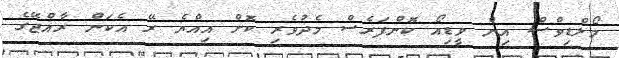
މޯލްޑިވްސް އިން ވީޑިއޯ ކޮންފަރެސް މެދުވެރި ކޮށް އިއްޔެ ރޭ އެކަން ރާއްޖޭގެ